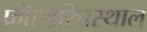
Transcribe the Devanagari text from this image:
फ्रीएडरिचस्थाल